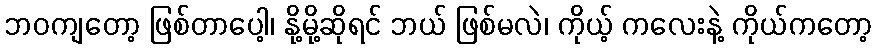
ဘဝကျတော့ ဖြစ်တာပေါ့၊ နို့မို့ဆိုရင် ဘယ် ဖြစ်မလဲ၊ ကိုယ့် ကလေးနဲ့ ကိုယ်ကတော့